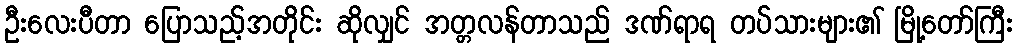
ဦးလေးပီတာ ပြောသည့်အတိုင်း ဆိုလျှင် အတ္တလန်တာသည် ဒဏ်ရာရ တပ်သားများ၏ မြို့တော်ကြီး